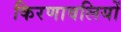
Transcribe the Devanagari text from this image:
किरणावलियों